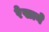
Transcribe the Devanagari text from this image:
रेखाने